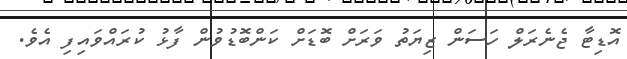
އޮޑިޓާ ޖެނެރަލް ހަސަން ޒިޔަތު ވަރަށް ބޮޑަށް ކަންބޮޑުވުން ފާޅު ކުރައްވައިފި އެވެ.